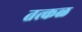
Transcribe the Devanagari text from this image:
तत्कळ